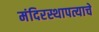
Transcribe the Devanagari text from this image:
मंदिरस्थापत्याचे